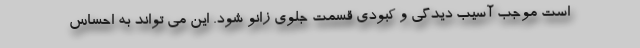
است موجب آسیب دیدگی و کبودی قسمت جلوی زانو شود. این می تواند به احساس